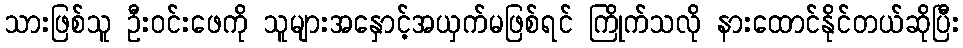
သားဖြစ်သူ ဦးဝင်းဖေကို သူများအနှောင့်အယှက်မဖြစ်ရင် ကြိုက်သလို နားထောင်နိုင်တယ်ဆိုပြီး